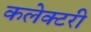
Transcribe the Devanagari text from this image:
कलेक्टरी